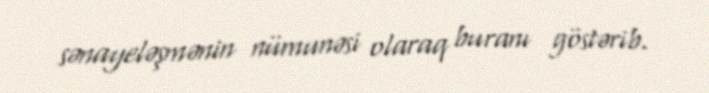
sənayeləşmənin nümunəsi olaraq buranı göstərib.